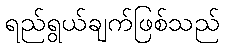
ရည်ရွယ်ချက်ဖြစ်သည်